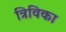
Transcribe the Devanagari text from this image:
त्रिविका